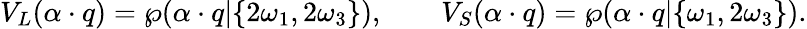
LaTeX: V_{L}(\alpha\cdot q)=\wp(\alpha\cdot q|\{ 2\omega_{1},2\omega_{3}\} ),\qquad V_{S}(\alpha\cdot q)=\wp(\alpha\cdot q|\{ \omega_{1},2\omega_{3}\} ).